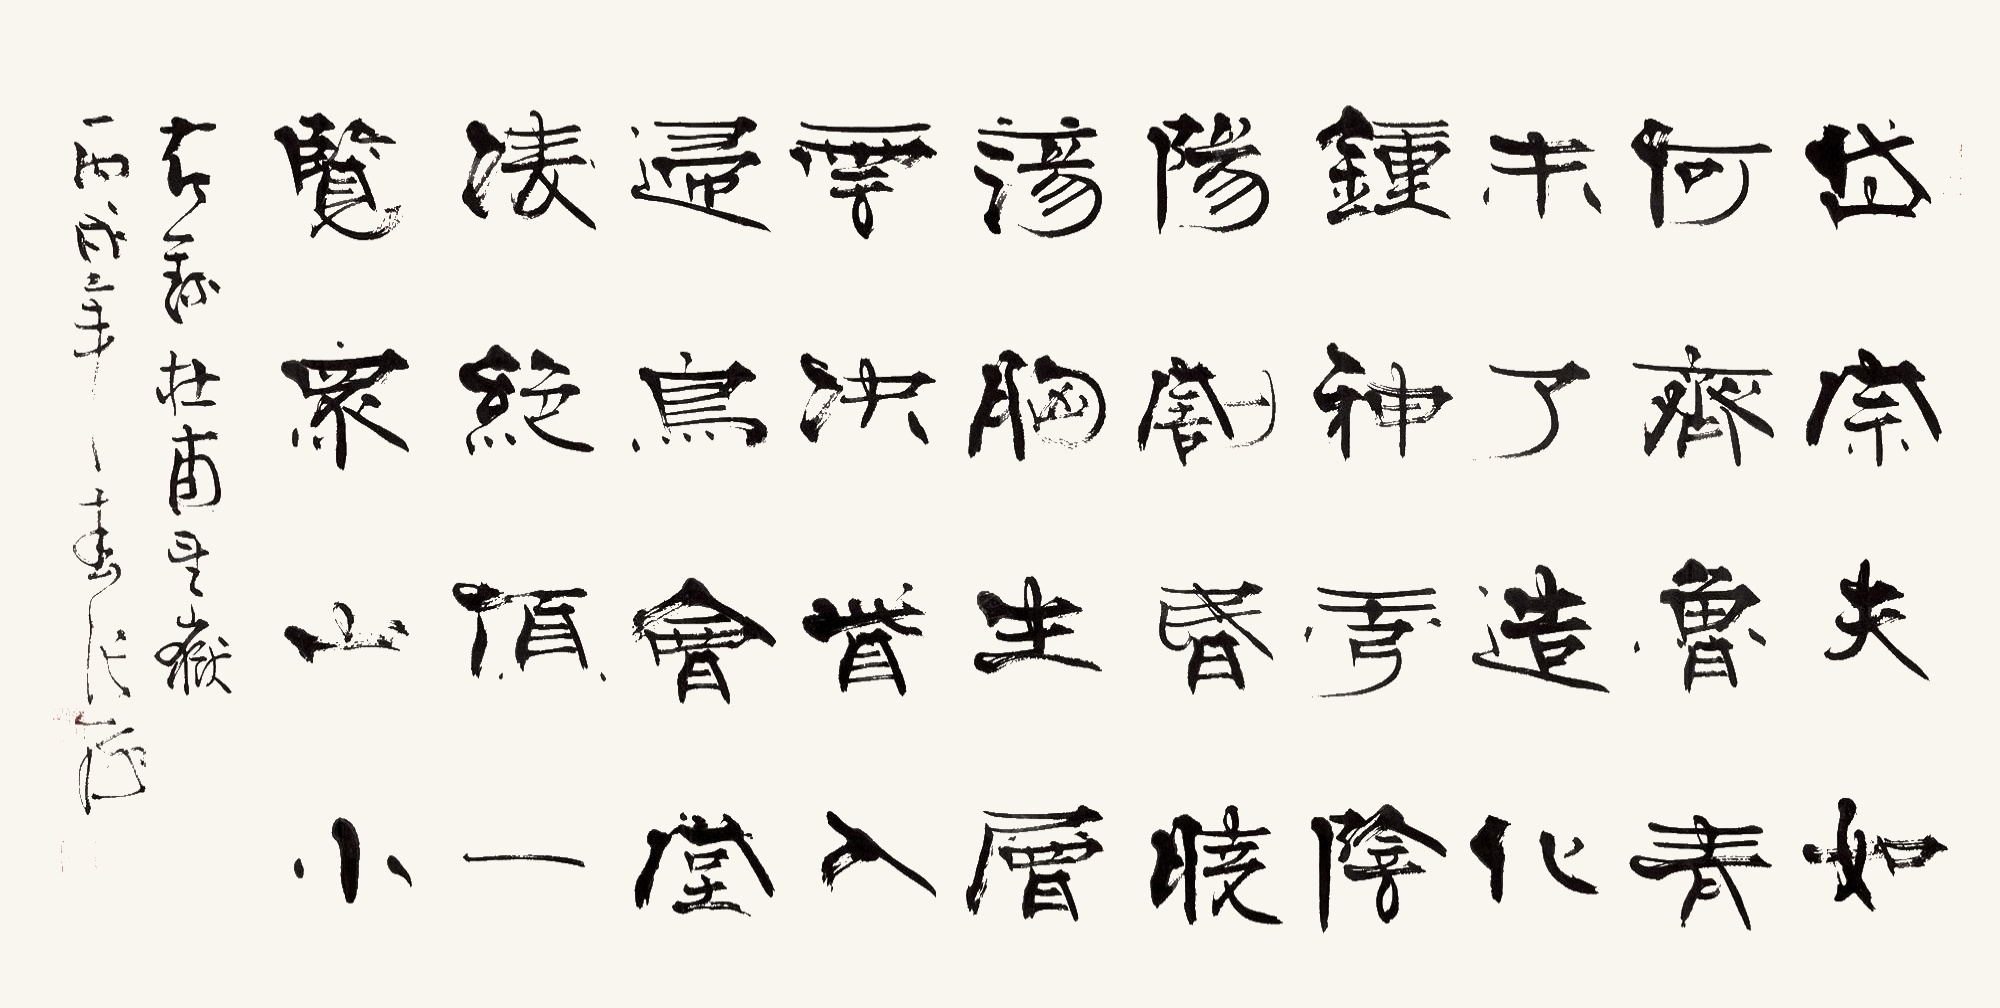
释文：岱宗夫如何？齐鲁青未了。造化钟神秀，阴阳割昏晓。荡胸生层云，决眦入归鸟。会当凌绝顶，一览众山小。节录杜甫《望岳》，丙戌年春，张海。